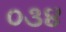
૦૩૪